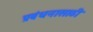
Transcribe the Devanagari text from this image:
प्रबंधनासाठी